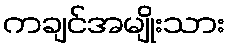
ကချင်အမျိုးသား